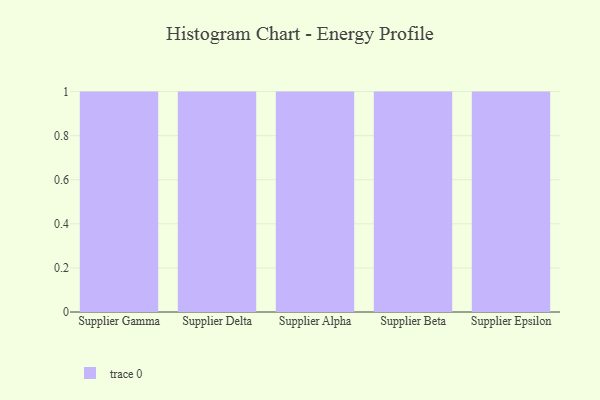
{"axis": {"x": "Supplier", "y": "Active Users"}, "legend": [""], "data": [{"x": "Supplier Gamma", "y": 95, "type": ""}, {"x": "Supplier Delta", "y": 74, "type": ""}, {"x": "Supplier Alpha", "y": 81, "type": ""}, {"x": "Supplier Beta", "y": 63, "type": ""}, {"x": "Supplier Epsilon", "y": 50, "type": ""}]}